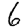
Digit: 6